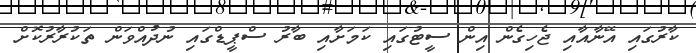
ކާރުގައި އޭނާއާއި ޖެހިގެން އިން ސީޓުގައި ކަމަށާއި ބާރު ސްޕީޑްގައި ނުދުއްވަން ތަކުރާރުކޮށް